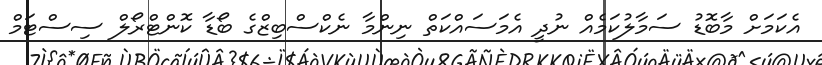
އެކަމަށް މާބޮޑު ސަމާލުކަމެއް ނުދީ އެމަސައްކަތް ނިންމާ ނެކްސްބިޒްގެ ބޯޑާ ކޮންޓްރޯލް ސިސްޓަމް